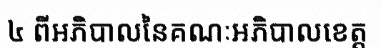
៤ ពីអភិបាលនៃគណៈអភិបាលខេត្ត